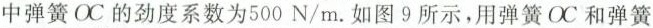
中弹簧OC的劲度系数为500N/m。如图9所示，用弹簧OC和弹簧